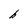
Character: h